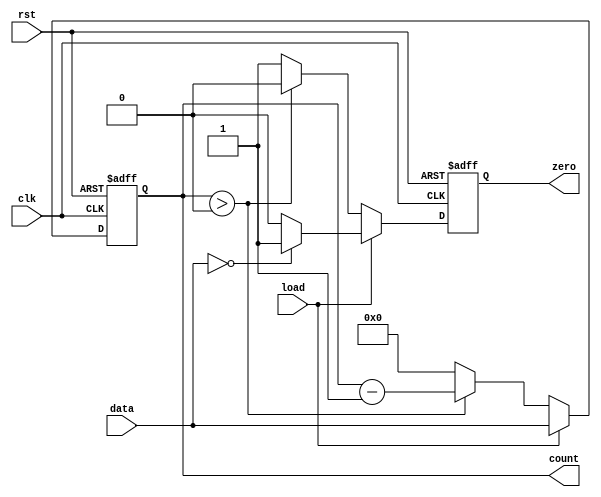
module MemoryBlocksDownCounter (
    input wire clk,           // Clock signal
    input wire rst,           // Asynchronous reset signal
    input wire load,          // Load control signal
    input wire [7:0] data,    // Input data for loading initial value
    output reg [7:0] count,    // Current count value
    output reg zero           // Zero flag
);

    // Initial value of the counter
    parameter INITIAL_VALUE = 8'd255; // Adjust as necessary for your application

    // Synchronous process for counter operation
    always @(posedge clk or posedge rst) begin
        if (rst) begin
            // On reset, load the initial value
            count <= INITIAL_VALUE;
            zero <= 1'b0; // Reset zero flag
        end else if (load) begin
            // Load the specified value when load is asserted
            count <= data;
            zero <= (data == 8'd0) ? 1'b1 : 1'b0; // Set zero flag if loaded value is zero
        end else begin
            // Decrement the count on each clock cycle
            if (count > 8'd0) begin
                count <= count - 1'b1;
                zero <= 1'b0; // Clear zero flag while counting down
            end else begin
                count <= 8'd0; // Prevent underflow
                zero <= 1'b1;  // Set zero flag when count reaches zero
            end
        end
    end

endmodule